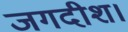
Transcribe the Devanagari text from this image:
जगदीश।